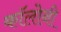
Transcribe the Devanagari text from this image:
काॅलोनी